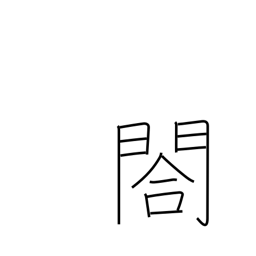
Meaning: small side gate